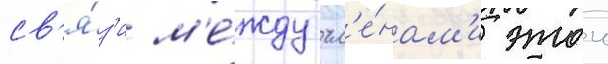
св'я́з'и м'е́жду чл'е́нам'и этои